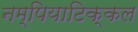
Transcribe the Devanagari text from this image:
नम्पियाटिक्कल